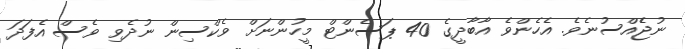
ނުޖެެއްސުނެވެ. އެހެންވެ އާބާދީގެ 40 ޕަސެންޓް މީހުންނަށް ވެކްސިން ނުދެވި ވެސް އެފަދަ